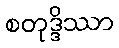
စတုဒ္ဒိဿာ